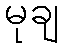
မုချ